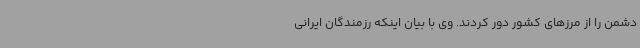
دشمن را از مرزهای کشور دور کردند. وی با بیان اینکه رزمندگان ایرانی